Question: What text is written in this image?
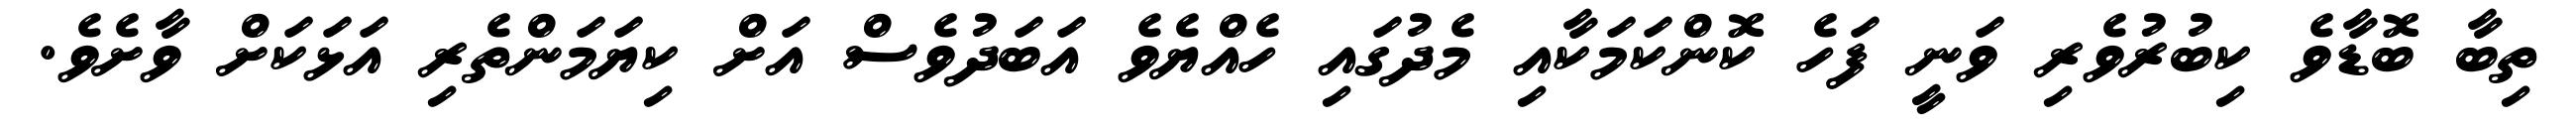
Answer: ތިބާ ބޮޑާވެ ކިބުރުވެރި ވަނީ ފަހެ ކޮންކަމަކާއި މެދުގައި ހެއްޔެވެ އަބަދުވެސް އަށް ކިޔަމަންތެރި އަޅަކަށް ވާށެވެ.